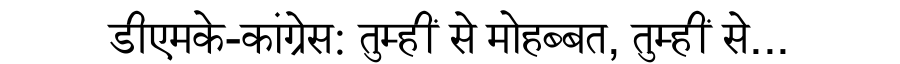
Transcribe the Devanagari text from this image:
डीएमके-कांग्रेस: तुम्हीं से मोहब्बत, तुम्हीं से...